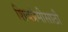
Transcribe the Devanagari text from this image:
शिवप्रेमीसाठी